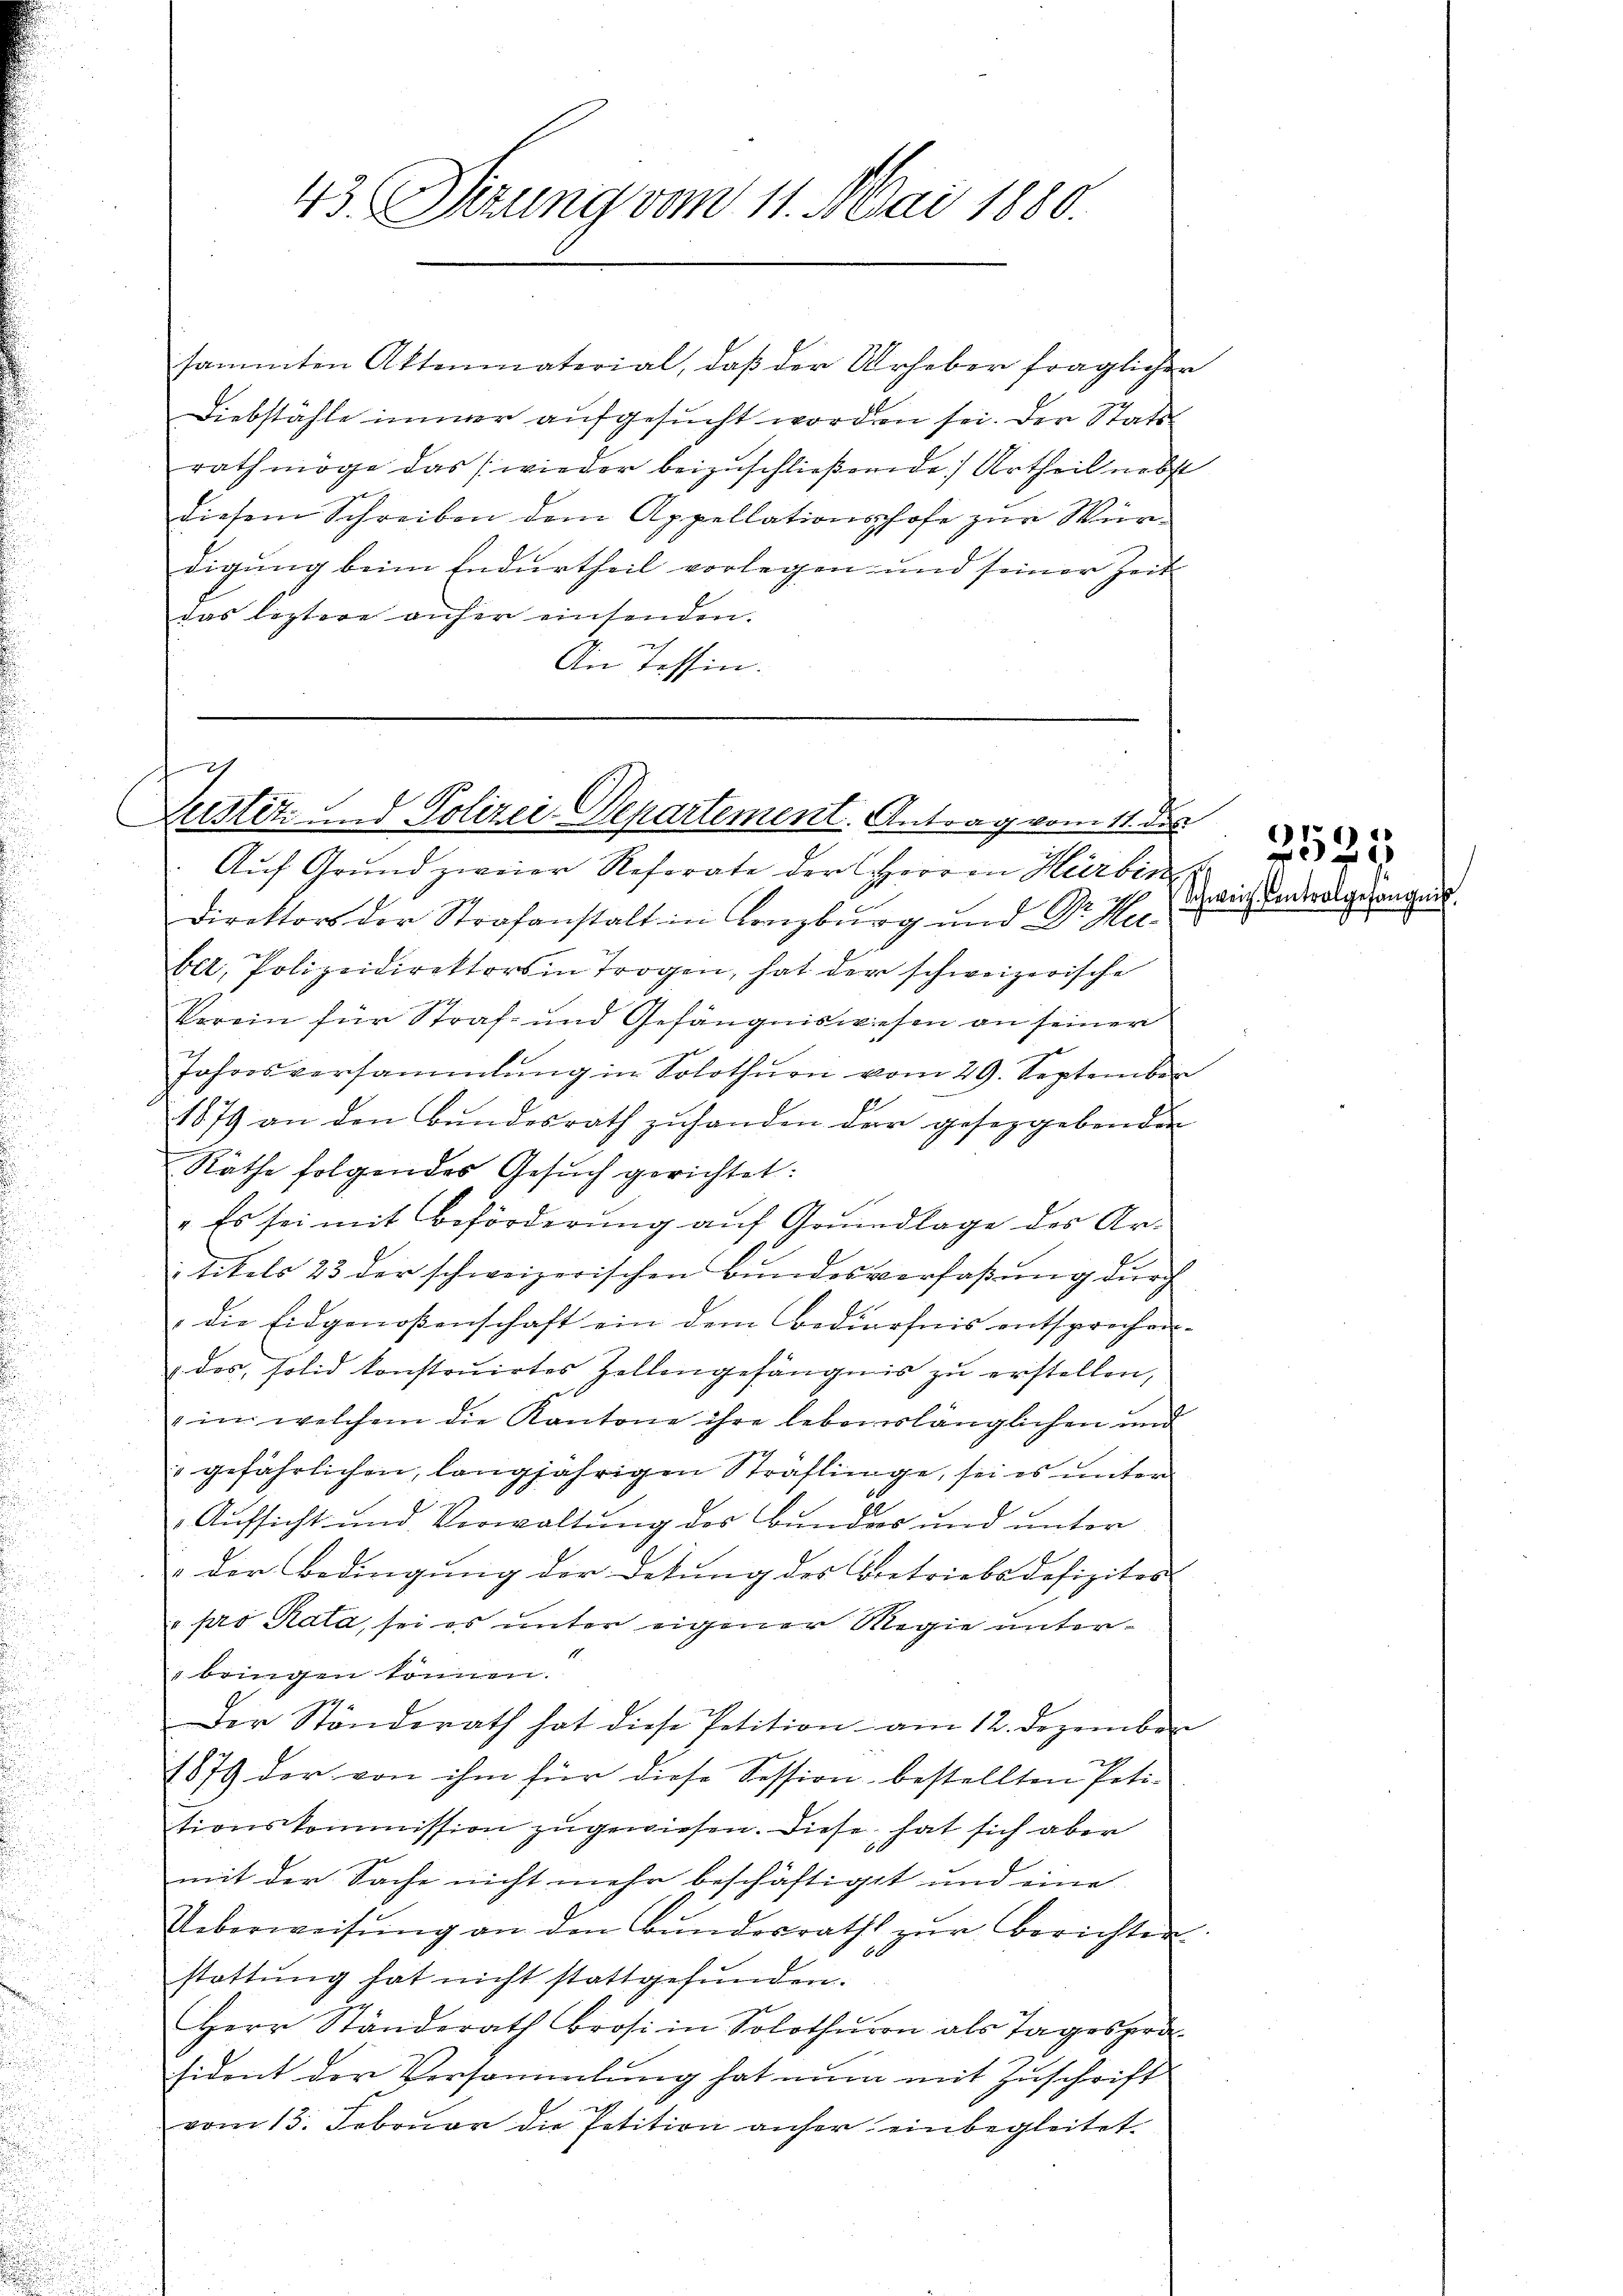
43 Sizung vom 11. Mai 1880.

Diebstähle immer aufgesucht worden sei. Der Stats
rath möge das wieder beizuschließende Urtheil nebst
diesem Schreiben dem Appellationshofe zur Würdigung beim Endurtheil vorlegen und seiner Zeit
das leztere anher einsenden.
An Tessin.

sammten Aktenmaterial, daß der Urheber fraglicher

ch
Zustiz und Polizei-Departement. Antrag vom 11. des

Auf Grund zweier Referate der Herren Hürbin
2)
Direktors der Strafanstalt in Lenzburg und Dr. Heebet, Polizeidirektors in Trogen, hat der schweizerische
kerein für Straf- und Gefängniswiesen an seiner
Jahresversammlung in Solothurn vom 29. September
1879 an den Bundesrath zuhanden der gesetzgebenden
Räthe folgendes Gesŭch gerichtet:
" Es sei mit Beförderung auf Grundlage des Artitels 23 der schweizerischen Bundesverfaßung durch
die Eidgenoßenschaft ein dem Bedürfnis entsprechen
 des solid konstruirtes Zellengefängnis zu erstellen,
im welchem die Kantone ihre lebenslänglichen und
" gefährlichen, langjährigen Straflinge, sei es unter
6
Aufsicht und Verwaltung des Bundes und unter
" der Bedingung der Detung des Betriebsdefizites
v. pro Kata, sei es unter eigener Regie unter¬
 bringen können.
Der Ständerath hat diese Petition am 12. Dezember
1879 der von ihm für diese Session bestellten Petitionskommission zugewiesen. Diese hat sich aber
mit der Sache nicht mehr beschäftiget und eine
Ueberweisŭng an den Bŭndesrath zŭr Berichter
stattung hat nicht stattgefunden.
Herr Ständerath Brosi in Solothurn als Tagesprä-
sident der Versammlung hat nun mit Zuschrift
vom 13. Februar die Petition anher einbegleitet.

Schweiz. Centrolgefängnis.

252.